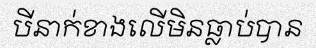
បីនាក់ខាងលើមិនធ្លាប់បាន